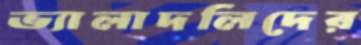
ভ্যালাদলিদের